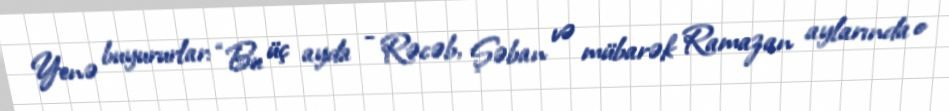
Yenə buyururlar: “Bu üç ayda - Rəcəb, Şəban və mübarək Ramazan aylarında o